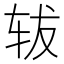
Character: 𫐈